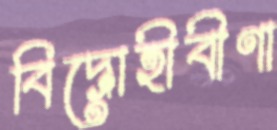
বিদ্রোহীবীণা